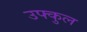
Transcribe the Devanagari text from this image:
उफ्कुल